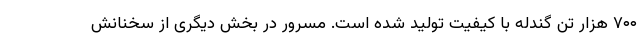
۷۰۰ هزار تن گندله با کیفیت تولید شده است. مسرور در بخش دیگری از سخنانش